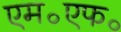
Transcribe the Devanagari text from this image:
एम॰एफ॰